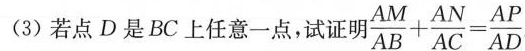
(3)若点D是BC上任意一点，试证明 $$\frac { A M } { A B } + \frac { A N } { A C } = \frac { A P } { A D }$$